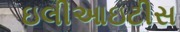
ઇલીઆઇટીસ